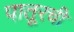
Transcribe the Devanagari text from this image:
पातूरची